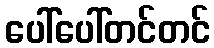
ပေါ်ပေါ်တင်တင်